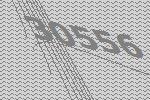
30556